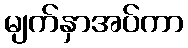
မျက်နှာအပ်ကာ